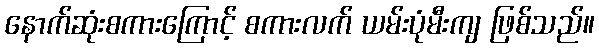
နောက်ဆုံးစကားကြောင့် စကားလက် ယမ်းပုံမီးကျ ဖြစ်သည်။